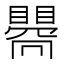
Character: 𥋬